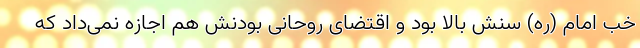
خب امام (ره) سنش بالا بود و اقتضای روحانی بودنش هم اجازه نمی‌داد که